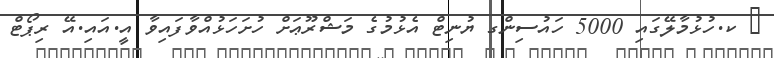
_ ކ.ހުޅުމާލޭގައި 5000 ހައުސިންގ ޔުނިޓް އެޅުމުގެ މަޝްރޫޢަށް ހުށަހަޅުއްވާފައިވާ އީ.އައި.އޭ ރިޕޯޓް